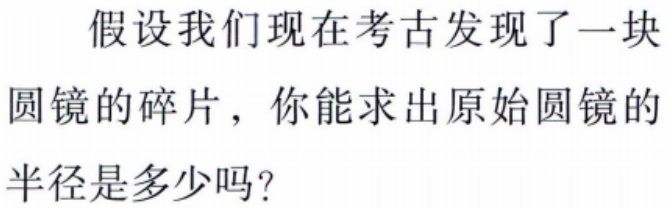
假设我们现在考古发现了一块
圆镜的碎片，你能求出原始圆镜的
半径是多少吗？